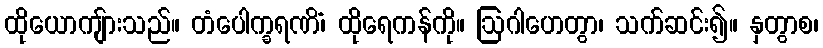
ထိုယောကျ်ားသည်။ တံပေါက္ခရဏိံ၊ ထိုရေကန်ကို။ ဩဂါဟေတွာ၊ သက်ဆင်း၍။ နှတွာစ၊